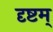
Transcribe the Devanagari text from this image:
दृष्टम्